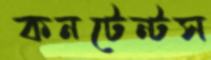
কনটেন্টস